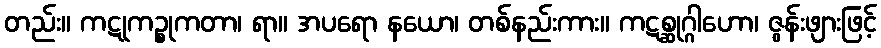
တည်း။ ကဋုကဉ္စုကတာ၊ ရာ။ အပရော နယော၊ တစ်နည်းကား။ ကဋစ္ဆုဂ္ဂါဟော၊ ဇွန်းဖျားဖြင့်